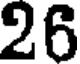
26